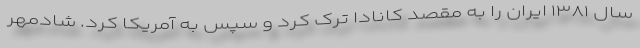
سال ۱۳۸۱ ایران را به مقصد کانادا ترک کرد و سپس به آمریکا کرد. شادمهر